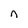
Character: n